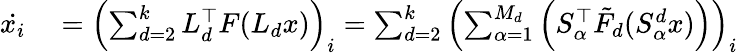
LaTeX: \begin{array}{rl}{\dot{x_{i}}}&{{}=\left(\sum_{d=2}^{k}L_{d}^{\top}F(L_{d}x)\right)_{i}=\sum_{d=2}^{k}\left(\sum_{\alpha=1}^{M_{d}}\left(S_{\alpha}^{\top}\tilde{F}_{d}(S_{\alpha}^{d}x)\right)\right)_{i}}\end{array}